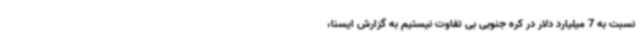
نسبت به 7 میلیارد دلار در کره جنوبی بی تفاوت نیستیم به گزارش ایسنا،